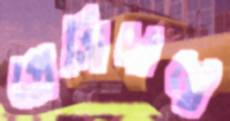
প্রেসিদান্তে